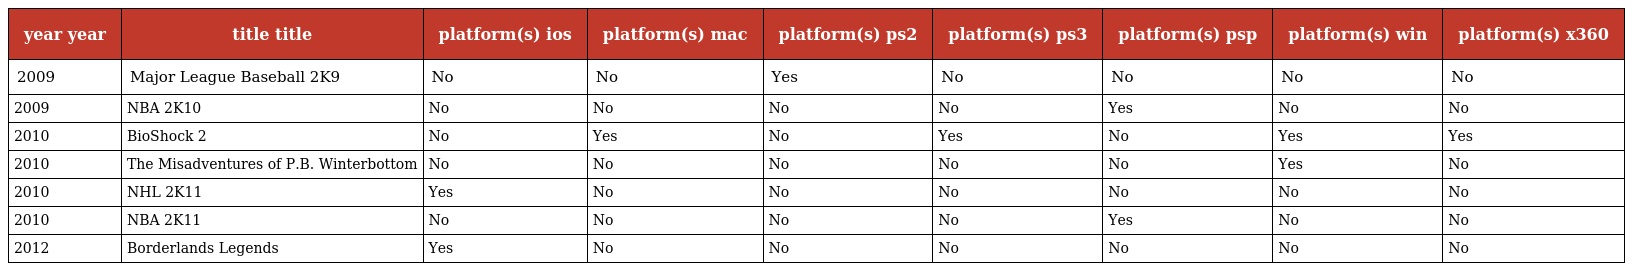
| year year | title title | platform(s) ios | platform(s) mac | platform(s) ps2 | platform(s) ps3 | platform(s) psp | platform(s) win | platform(s) x360 |
 | --- | --- | --- | --- | --- | --- | --- | --- | --- |
 | 2009 | Major League Baseball 2K9 | No | No | Yes | No | No | No | No |
 | 2009 | NBA 2K10 | No | No | No | No | Yes | No | No |
 | 2010 | BioShock 2 | No | Yes | No | Yes | No | Yes | Yes |
 | 2010 | The Misadventures of P.B. Winterbottom | No | No | No | No | No | Yes | No |
 | 2010 | NHL 2K11 | Yes | No | No | No | No | No | No |
 | 2010 | NBA 2K11 | No | No | No | No | Yes | No | No |
 | 2012 | Borderlands Legends | Yes | No | No | No | No | No | No |